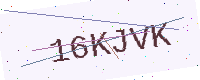
Text: 16KJVK